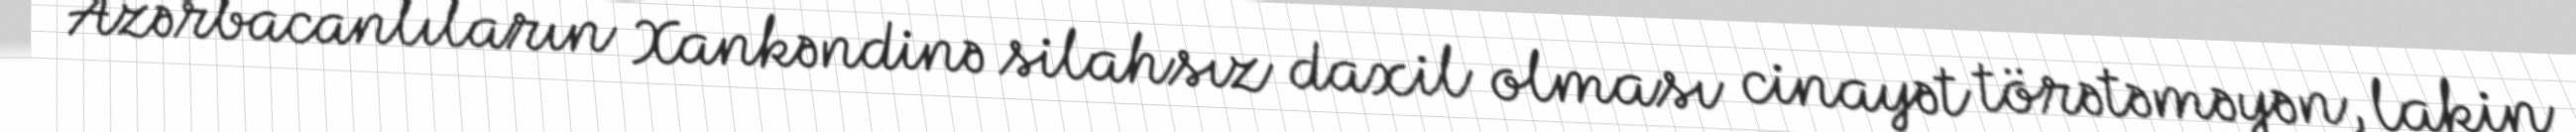
Azərbacanlıların Xankəndinə silahsız daxil olması cinayət törətəməyən, lakin